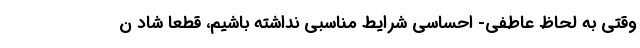
وقتی به لحاظ عاطفی- احساسی شرایط مناسبی نداشته باشیم، قطعاً شاد ن